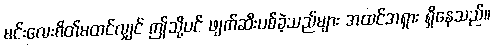
မင်းလေးစိတ်မထင်လျှင် ဤသို့ပင် ဖျက်ဆီးပစ်ခဲ့သည်များ အထင်အရှား ရှိနေသည်။